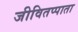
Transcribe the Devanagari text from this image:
जीवितप्पाता